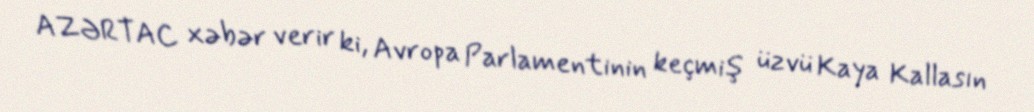
AZƏRTAC xəbər verir ki, Avropa Parlamentinin keçmiş üzvü Kaya Kallasın